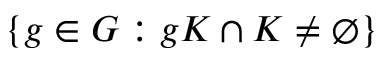
\{ g \in G : g K \cap K \neq \emptyset \}